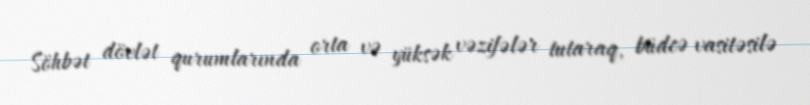
Söhbət dövlət qurumlarında orta və yüksək vəzifələr tutaraq, büdcə vasitəsilə